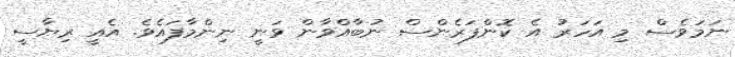
ނަމަވެސް މި އަހަރު އެ ކޮންފަރެންސް ނުބާއްވާން ވަނީ ނިންމާފައެވެ. އެއީ ރިޔާސީ